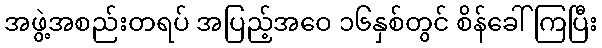
အဖွဲ့အစည်းတရပ် အပြည့်အဝေ ၁၆နှစ်တွင် စိန်ခေါ်ကြပြီး